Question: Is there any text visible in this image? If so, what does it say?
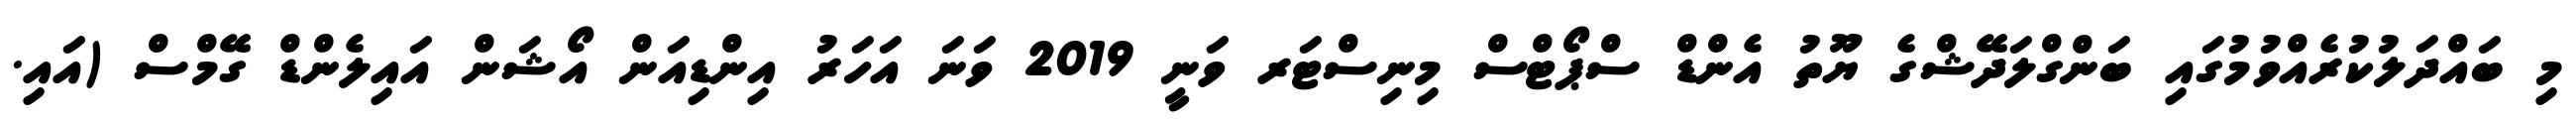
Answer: މި ބައްދަލުކުރެއްވުމުގައި ބަންގްލަދޭޝްގެ ޔޫތު އެންޑް ސްޕޯޓްސް މިނިސްޓަރ ވަނީ 2019 ވަނަ އަހަރު އިންޑިއަން އޯޝަން އައިލެންޑް ގޭމްސް (އައި.